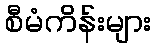
စီမံကိန်းများ